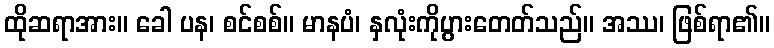
ထိုဆရာအား။ ခေါ ပန၊ စင်စစ်။ မာနပံ၊ နှလုံးကိုပွားတေတ်သည်။ အဿ၊ ဖြစ်ရာ၏။